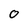
Character: 0